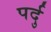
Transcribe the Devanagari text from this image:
पर्दु